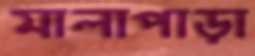
মালাপাড়া